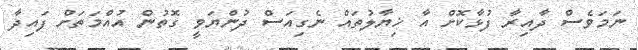
ނަމަވެސް ދާއިރާ ފުޅާކޮށް އާ ޚިޔާލުތައް ނެގިއަސް ދުންޔަވީ ގޮތުން އުއްމަތަށް ފައިދާ